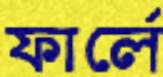
ফার্লে